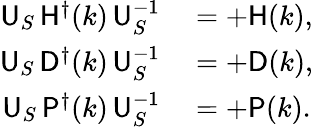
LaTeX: \begin{array}{rl}{{\sf U}_{S}\, {\sf H}^{\dagger}(k)\, {\sf U}_{S}^{-1}}&{{}=+{\sf H}(k),}\\ {{\sf U}_{S}\, {\sf D}^{\dagger}(k)\, {\sf U}_{S}^{-1}}&{{}=+{\sf D}(k),}\\ {{\sf U}_{S}\, {\sf P}^{\dagger}(k)\, {\sf U}_{S}^{-1}}&{{}=+{\sf P}(k).}\end{array}